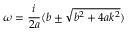
\omega = \frac { i } { 2 a } ( b \pm \sqrt { b ^ { 2 } + 4 a k ^ { 2 } } )